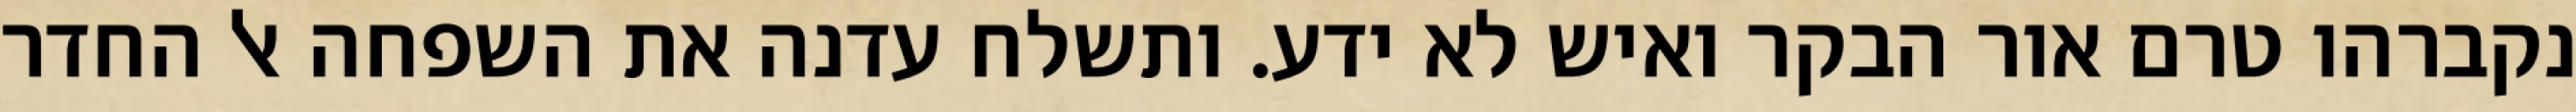
נקברהו טרם אור הבקר ואיש לא ידע. ותשלח עדנה את השפחה אל החדר